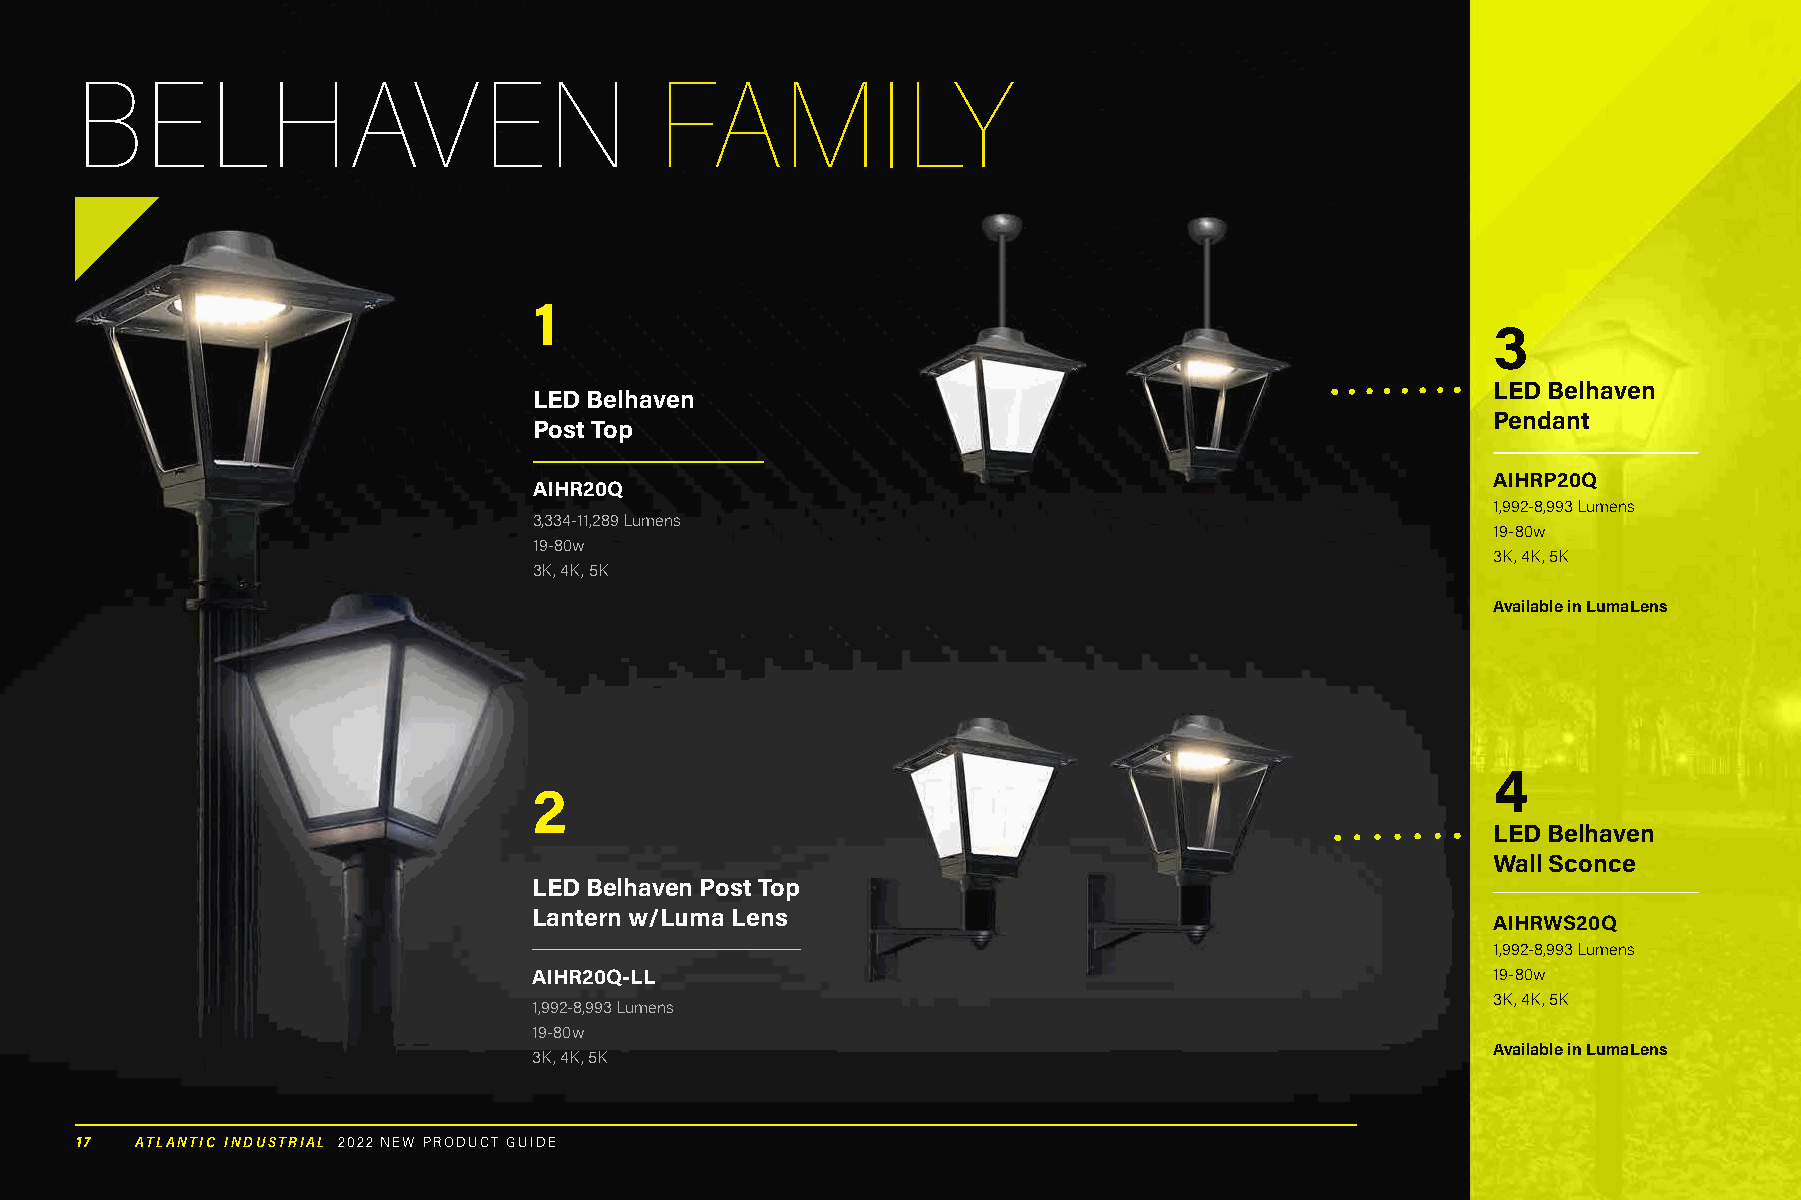
BELHAVEN                              FAMILY
 1
 3
 LED Belhaven
 LED Belhaven
 Pendant
 Post Top
 AIHRP20Q
 AIHR20Q
 1,992-8,993 Lumens
 3,334-11,289 Lumens
 19-80w
 19-80w
 3K, 4K, 5K
 3K, 4K, 5K
 Available in LumaLens
 4
 2
 LED Belhaven
 Wall Sconce
 LED Belhaven Post Top
 Lantern w/Luma Lens
 AIHRWS20Q
 1,992-8,993 Lumens
 AIHR20Q-LL                                                      19-80w
 3K, 4K, 5K
 1,992-8,993 Lumens
 19-80w
 Available in LumaLens
 3K, 4K, 5K
 17  ATLANTIC INDUSTRIAL 2022 NEW PRODUCT GUIDE